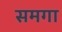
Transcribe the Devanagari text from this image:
समगा